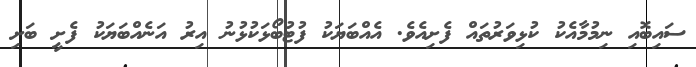
ސައިބޮއި ނިމުމާއެކު ކުޅިވަރުތައް ފެށިއެވެ. އެއްބަޔަކު ފުޓުބޯޅަކުޅުނު އިރު އަނެއްބަޔަކު ފެށީ ބަށި